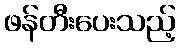
ဖန်တီးပေးသည့်